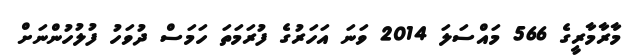
މާރާމާރީގެ 566 މައްސަލަ 2014 ވަނަ އަހަރުގެ ފުރަމަތަ ހަމަސް ދުވަހު ފުލުހުންނަށް